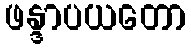
ဖန္ဒာပယတော